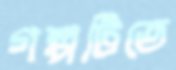
গল্পটিতে